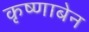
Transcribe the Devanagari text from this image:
कृष्णाबेन